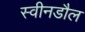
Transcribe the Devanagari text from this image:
स्वीनडौल